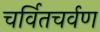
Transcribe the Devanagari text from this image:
चर्वितचर्वण